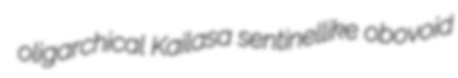
oligarchical Kailasa sentinellike obovoid